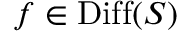
f \in \operatorname { D i f f } ( S )